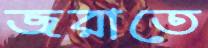
জরাতে